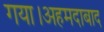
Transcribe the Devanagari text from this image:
गया।अहमदाबाद